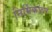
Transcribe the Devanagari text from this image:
निर्मिकांवर